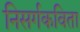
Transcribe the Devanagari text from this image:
निसर्गकविता